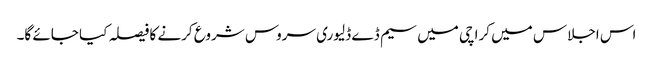
اس اجلاس میں کراچی میں سیم ڈے ڈلیوری سروس شروع کرنے کا فیصلہ کیا جائے گا۔